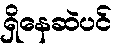
ရှိနေဆဲပင်